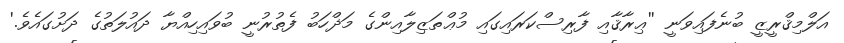
އަލްމިޤްރީޒީ ބުނެފައިވަނީ ''ޢިރާޤާއި ފާރިސްކަރައިގައި މުޢްތަޒިލާއިންގެ މަޛްހަބު ފެތުރުނީ ބުވައިހިއްޔާ ދައުލަތުގެ ދަށުގައެވެ.'